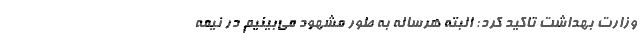
وزارت بهداشت تاکید کرد: البته هرساله به طور مشهود می‌بینیم در نیمه